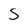
Character: S